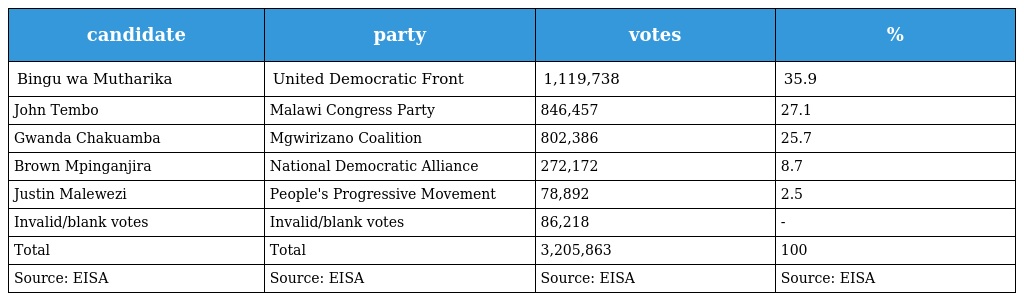
| candidate | party | votes | % |
 | --- | --- | --- | --- |
 | Bingu wa Mutharika | United Democratic Front | 1,119,738 | 35.9 |
 | John Tembo | Malawi Congress Party | 846,457 | 27.1 |
 | Gwanda Chakuamba | Mgwirizano Coalition | 802,386 | 25.7 |
 | Brown Mpinganjira | National Democratic Alliance | 272,172 | 8.7 |
 | Justin Malewezi | People's Progressive Movement | 78,892 | 2.5 |
 | Invalid/blank votes | Invalid/blank votes | 86,218 | - |
 | Total | Total | 3,205,863 | 100 |
 | Source: EISA | Source: EISA | Source: EISA | Source: EISA |